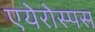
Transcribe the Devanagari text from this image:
एयेरोस्पस